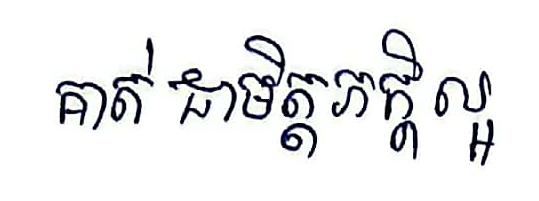
គាត់ ជាមិត្តភក្ដិល្អ